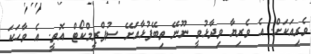
ވެރިއަކަށް. އެ ވެރިޔާ ވިދާޅުވީ ނޫނޭ ތިބޭފުޅާއަށޭ ސުޕްރީމްކޯޓް އޮތީ. އެ ވާހަކަ